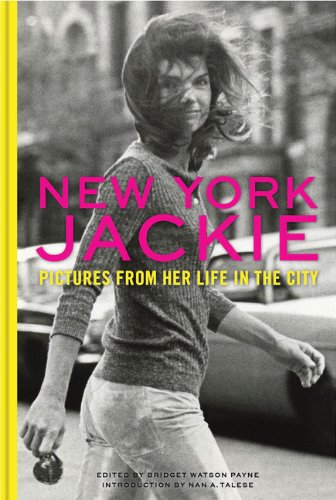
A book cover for New York Jackie: Pictures from Her Life in the City; Arts & Photography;